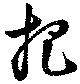
把